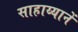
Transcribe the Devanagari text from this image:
साहाय्यानें